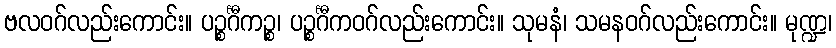
ဗလဝဂ်လည်းကောင်း။ ပဉ္စင်္ဂီကဉ္စ၊ ပဉ္စင်္ဂီကဝဂ်လည်းကောင်း။ သုမနံ၊ သမနဝဂ်လည်းကောင်း။ မုဏ္ဍ၊